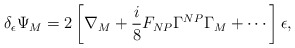
\begin{align*}\delta_\epsilon \Psi_M = 2 \left[ \nabla_M + \frac{i}{8} F_{NP}\Gamma^{NP} \Gamma_M + \cdots \right] \epsilon,\end{align*}